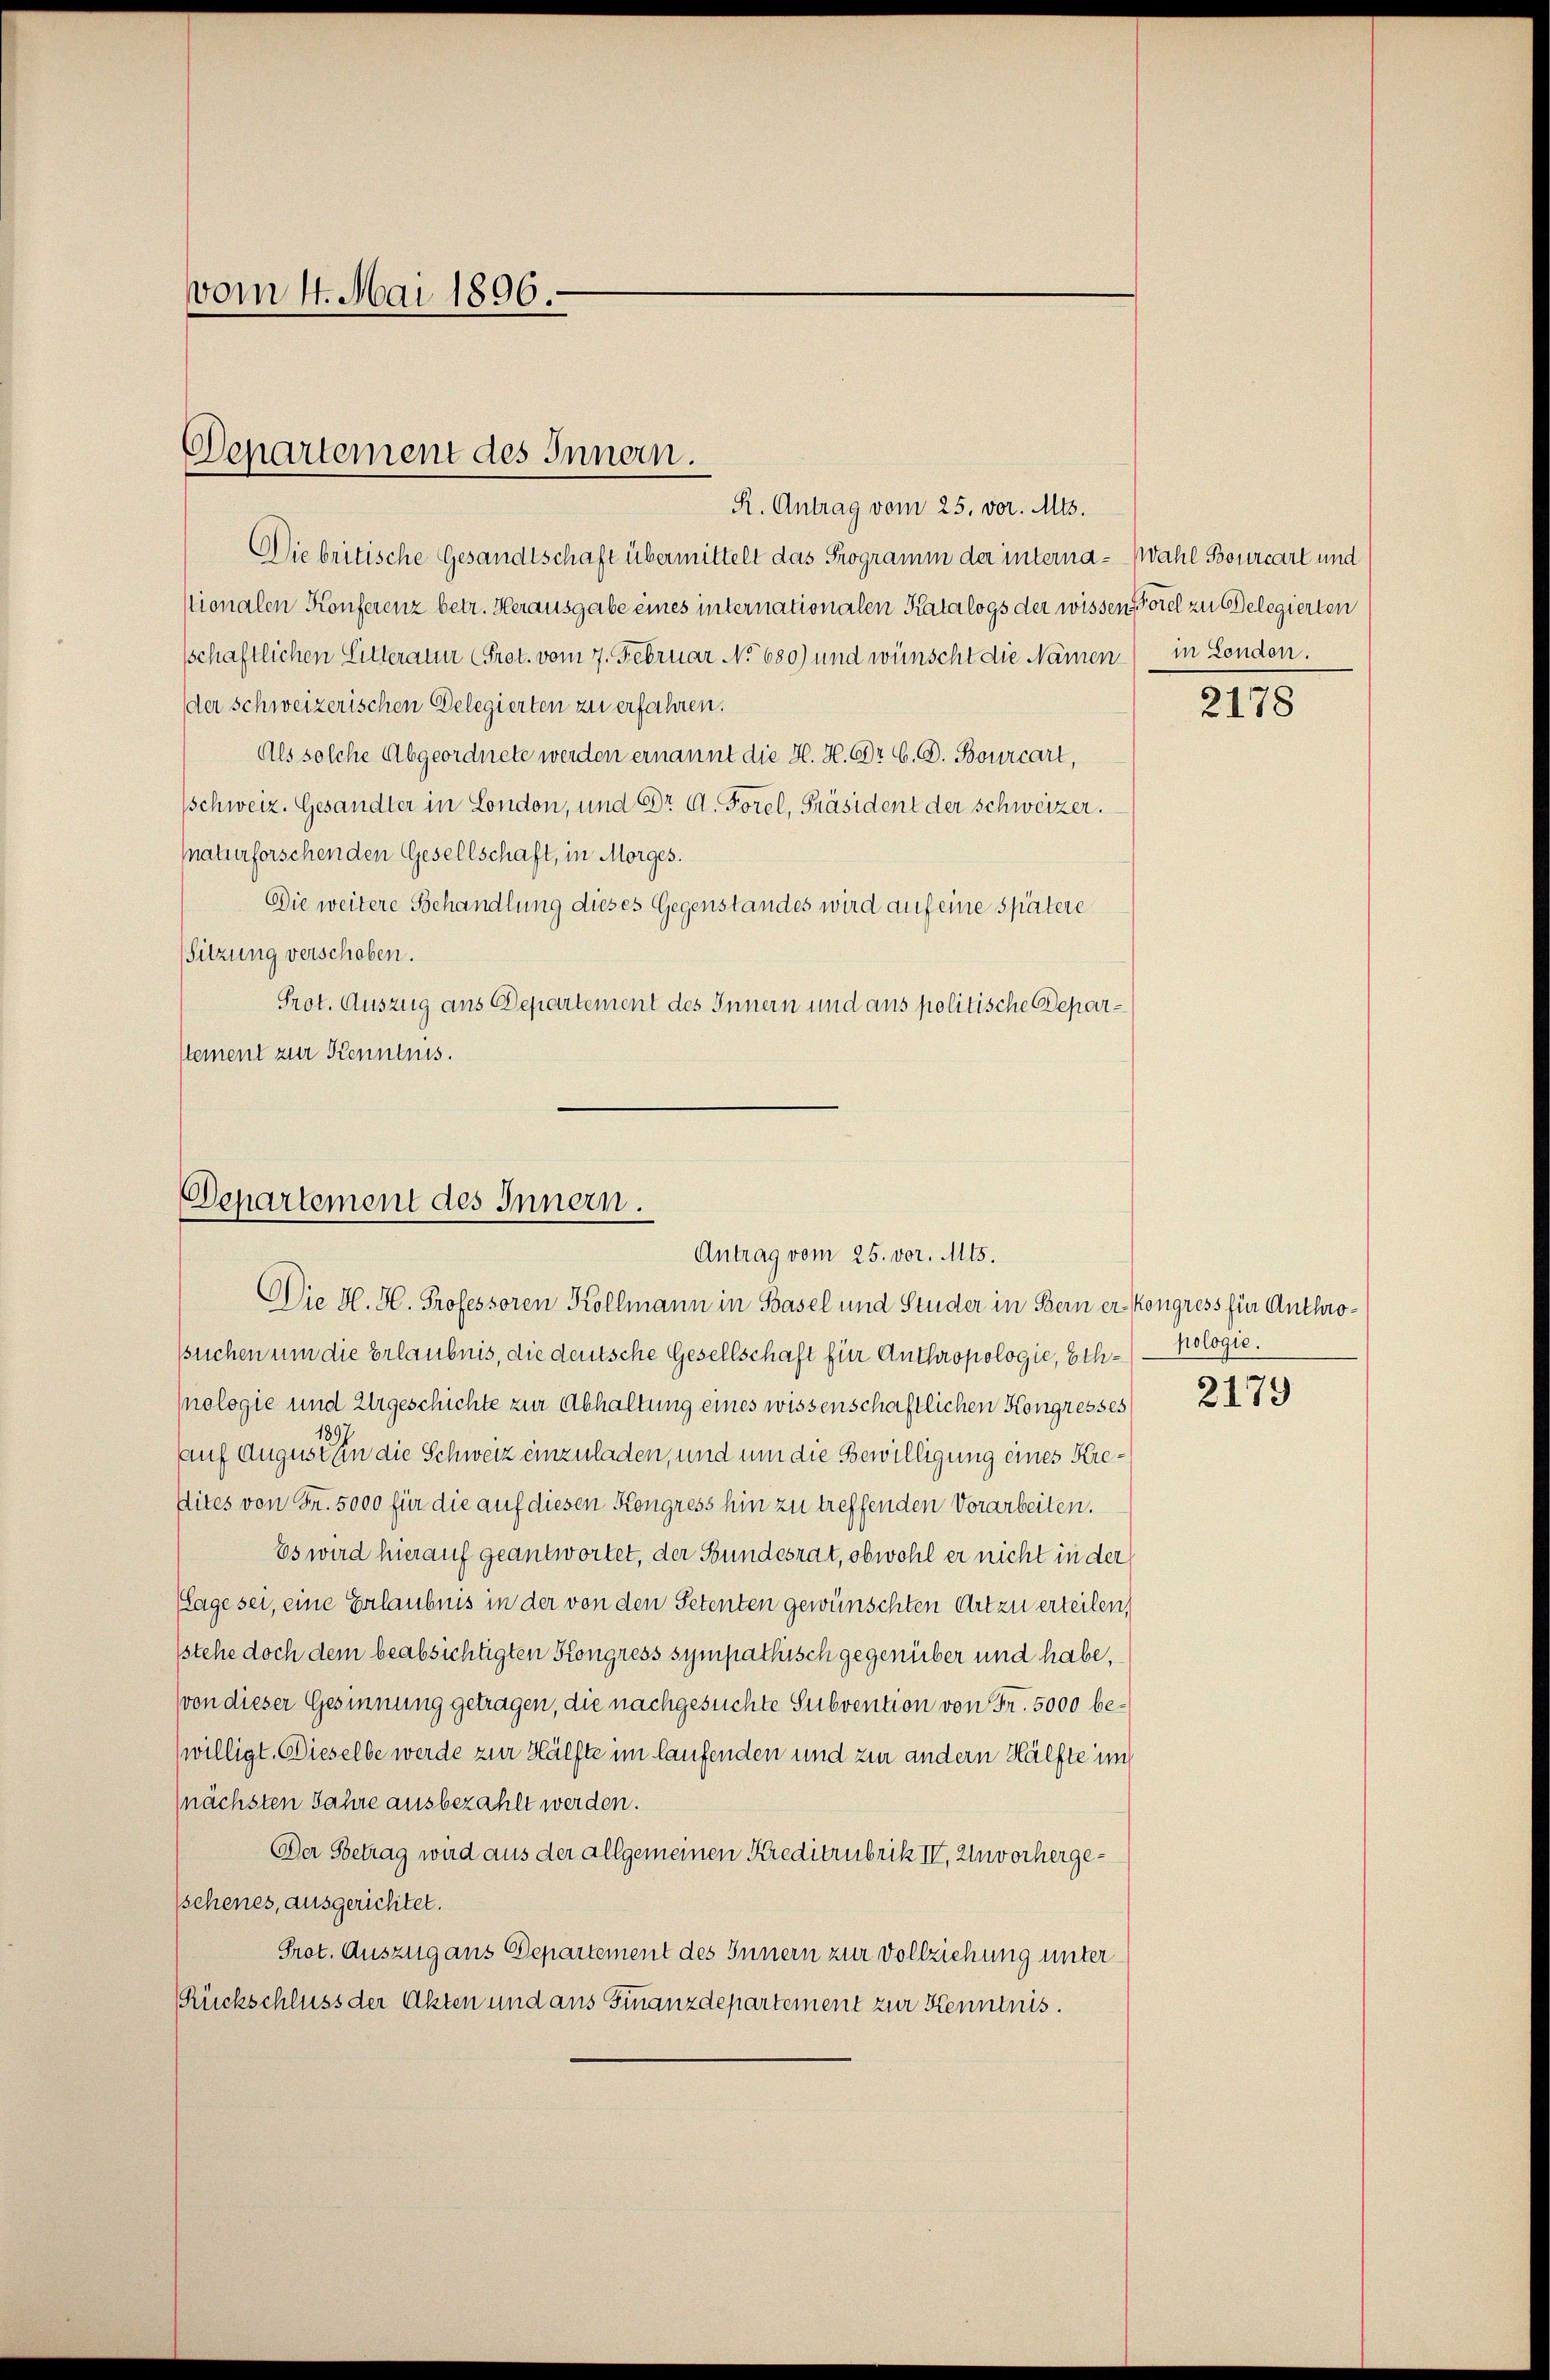
vom 4. Mai 1896.

Departement des Innern.

R. Antrag vom 25. vor. Mts.
Die britische Gesandtschaft übermittelt das Programm der interna - Wahl Bourcart und
stionalen Konferenz betr. Herausgabe eines internationalen Katalogs der wissen Forel zu Belegierten
sschaftlichen Litterain (Prot. vom 7. Februar No 680) und wünscht die Namen
der schweizerischen Delegierten zu erfahren.
Als solche Abgeordnete werden ernannt die H. H. Er b. G. Bourcart,
schweiz. Gesandter in London, und Dr A. Forel, Präsident der Schweizer.
snaturforschen den Gesellschaft, in Morges.
Die weitere Behandlung dieses Gegenstandes wird auf eine spätere
Sitzung verschoben.
Prot. Auszug ans Departement des Innern und aus politische Deparstement zur Kenntnis.

Separtement des Innern.
Antrag vom 25. vor. Mts.

Die H. H. Professoren Kollmann in Basel und Studer in Bern er Kongress für Anthrossuchen um die Erlaubnis, die deutsche Gesellschaft für Anthropologie, Ech-Nologie.
nologie und Urgeschichte zur Abhaltung eines wissenschaftlichen Kongresses
sauf August in die Schweiz einzuladen, und um die Bewilligung eines Kredites von Fr. 5000 für die auf diesen Kongress hin zu treffenden Vorarbeiten.
Es wird hierauf geantwortet, der Bundesrat, obwohl er nicht in der
Lage sei, eine Erlaubnis in der von den Petenten gewünschten Art zu erteilen,
stehe doch dem beabsichtigten Kongress sympathisch gegenüber und habe,
(von dieser Gesinnung getragen, die nachgesuchte Subvention von Fr. 5000 bewilligt. Dieselbe werde zur Hälfte im laufenden und zur andern Hälfte und
(nächsten Jahre ausbezahlt werden.
Der Betrag wird aus der allgemeinen Kreditrubrik IV, Unvorhergeschenes, ausgerichtet.
Prot. Auszug aus Departement des Innern zur Vollziehung unter
Rückschluss der Akten und aus Finanzdepartement zur Kenntnis.

in Londen.

2178

2179